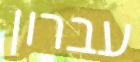
עברון